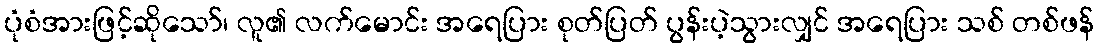
ပုံစံအားဖြင့်ဆိုသော်၊ လူ၏ လက်မောင်း အရေပြား စုတ်ပြတ် ပွန်းပဲ့သွားလျှင် အရေပြား သစ် တစ်ဖန်